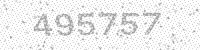
Solution: 495757